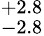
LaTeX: ^{+2.8}_{-2.8}